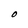
Character: O